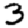
Digit: 3